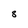
Character: 8